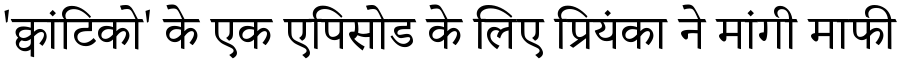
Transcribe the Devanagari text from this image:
'क्वांटिको' के एक एपिसोड के लिए प्रियंका ने मांगी माफी